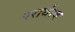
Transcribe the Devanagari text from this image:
परार्थत्व